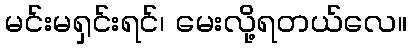
မင်းမရှင်းရင်၊ မေးလို့ရတယ်လေ။